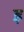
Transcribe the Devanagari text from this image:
इ